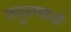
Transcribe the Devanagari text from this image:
तंदूरमध्ये